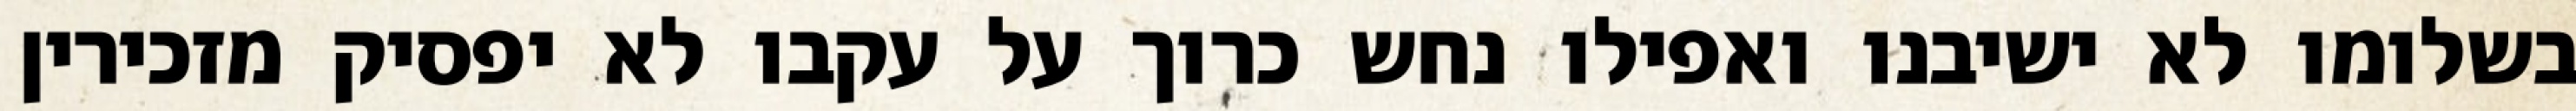
בשלומו לא ישיבנו ואפילו נחש כרוך על עקבו לא יפסיק מזכירין